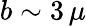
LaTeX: b\sim 3\, \mu